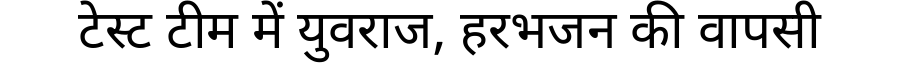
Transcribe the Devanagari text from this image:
टेस्ट टीम में युवराज, हरभजन की वापसी